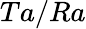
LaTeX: Ta/Ra